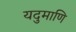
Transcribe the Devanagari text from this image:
यदुमाणि